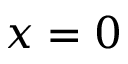
x = 0